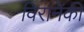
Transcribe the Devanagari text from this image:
विरानेकी